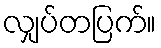
လျှပ်တပြက်။